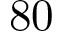
\mathrm { 8 0 }